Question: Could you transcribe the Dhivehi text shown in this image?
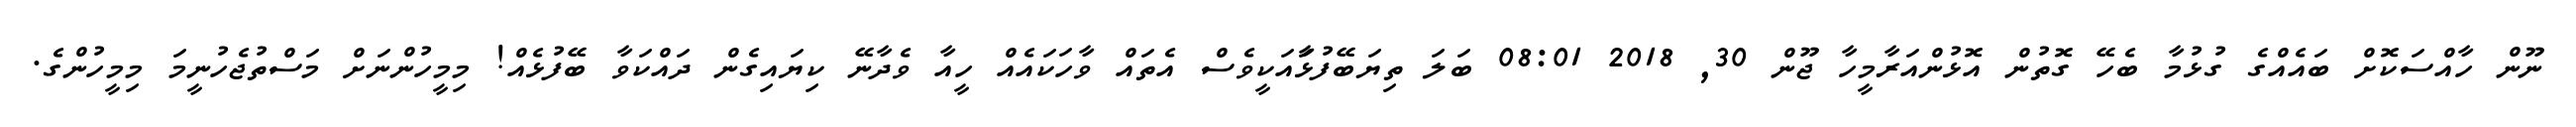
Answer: ނޫން ހާއްސަކޮށް ބައެއްގެ ގުޅުމާ ބެހޭ ގޮތުން އޮޅުންއަރާމީހާ ޖޫން 30, 2018 08:01 ބަލަ ތިޔަބޭފުޅާައަކީވެސް އެތައް ވާހަކައެއް ހީއާ ވެދާނޭ ކިޔައިގެން ދައްކަވާ ބޭފުޅެއް! މިމީހުންނަށް މަސްތުޖެހުނީމަ މިމީހުންގެ.